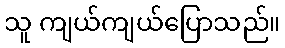
သူ ကျယ်ကျယ်ပြောသည်။